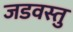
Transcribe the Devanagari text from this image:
जडवस्तु